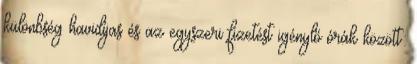
különbség havidíjas és az egyszeri fizetést igénylő órák között: